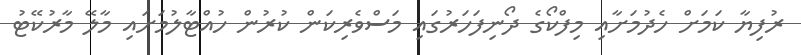
ރުފިޔާ ކަމަށް ހެދުމަށާއި މިފްކޯގެ ދޯނިފަހަރުގައި މަސްވެރިކަން ކުރުން ހުއްޓާލުމަށައި މާލޭ މާރުކޭޓު